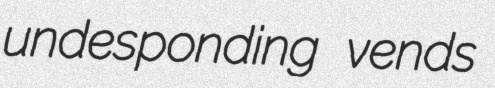
undesponding vends